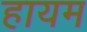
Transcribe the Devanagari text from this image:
हायम